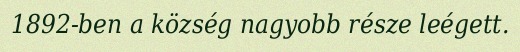
1892-ben a község nagyobb része leégett.